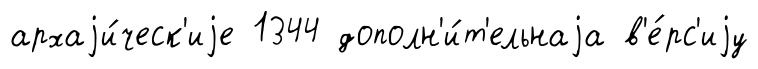
архаjи́ческ'иjе 1344 дополн'и́т'ельнаjа в'е́рс'иjу